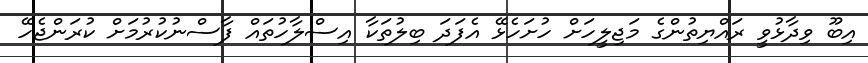
އިބޫ ވިދާޅުވީ ރައްޔިތުންގެ މަޖިލީހަށް ހުށަހެޅޭ އެފަދަ ބިލުތަކާ އިސްލާހުތައް ފާސްނުކުރުމަށް ކުރަންޖެހޭ